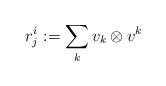
LaTeX: \begin{align*} r_j^i:= \sum_k v_k \otimes v^k\end{align*}